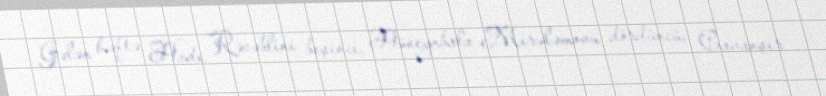
Gələn həftə Hadı Rəcəblini beşinci, Hüseynbala Mirələmovu dördüncü, Cavanşir